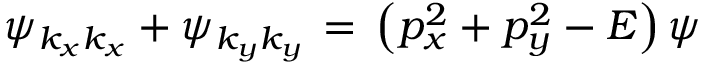
\psi _ { k _ { x } k _ { x } } + \psi _ { k _ { y } k _ { y } } \, = \, \left( p _ { x } ^ { 2 } + p _ { y } ^ { 2 } - E \right) \psi